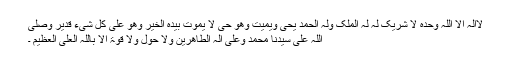
لاَاِلٰہَ اِلاَّ اللہُ وَحدَہ لاَ شَریِکَ لَہ لَہُ المُلکُ وَلَہُ الحَمدُ یُحی وَیُمِیتُ وَھُوَ حَیٌّ لاَ یَمُوتُ بِیَدِہِ الخَیرُ وَھُوَ عَلٰی کُلِّ شَیءٍ قَدیِرٌ وَصَلّٰی
اللہُ عَلٰی سَیِدِناَ مُحَمَدٍ وَعَلٰی اٰلِہ الطَاھِرِینَ وَلاَ حَولَ وَلاَ قُوَّۃَ اِلاَ بِاللہِ العَلِیِّ العَظِیمِ ۔